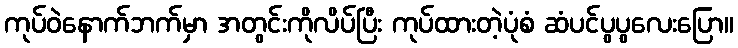
ကုပ်ဝဲနောက်ဘက်မှာ အတွင်းကိုလိပ်ပြီး ကုပ်ထားတဲ့ပုံစံ ဆံပင်ပွပွလေးပြော။